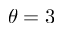
\theta = 3